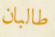
طالبان